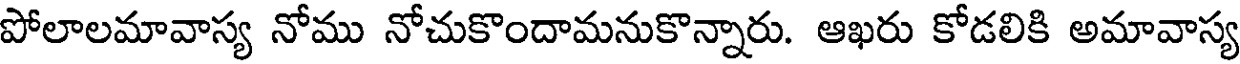
పోలాలమావాస్య నోము నోచుకొందామనుకొన్నారు. ఆఖరు కోడలికి అమావాస్య